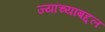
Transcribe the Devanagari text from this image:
ज्यांच्याबद्दल